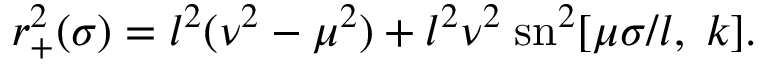
r _ { + } ^ { 2 } ( \sigma ) = l ^ { 2 } ( \nu ^ { 2 } - \mu ^ { 2 } ) + l ^ { 2 } \nu ^ { 2 } \; \mathrm { s n } ^ { 2 } [ \mu \sigma / l , \; k ] .